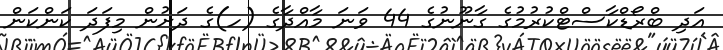
އަދި ބްރޯޑްކާސްޓްކުރުމުގެ ގާނޫނުގެ 44 ވަނަ މާއްދާގެ (ހ)ގެ ދަށުން މިފަދަ ކަންކަން